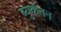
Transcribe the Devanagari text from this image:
ब्युकॅनन